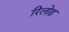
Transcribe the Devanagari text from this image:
रिलोड़